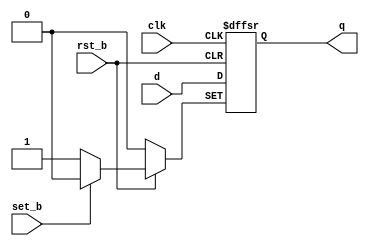
module dff(
    input clk, rst_b, set_b, d, output reg q
);
    //add code here...
    always @(posedge clk, negedge rst_b, negedge set_b)
        if(! set_b)         q <= 1;
        else if(! rst_b)    q <= 0;
        else                q <= d;
endmodule